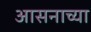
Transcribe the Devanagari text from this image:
आसनाच्या